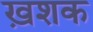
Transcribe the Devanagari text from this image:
ख़शक